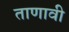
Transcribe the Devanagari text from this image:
ताणावी